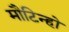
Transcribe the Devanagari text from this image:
मौटिन्हो